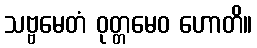
သဗ္ဗမေတံ ဝုတ္တမေဝ ဟောတိ။